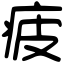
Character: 疲